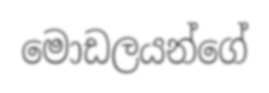
මොඩලයන්ගේ